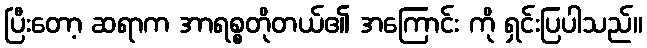
ပြီးတော့ ဆရာက အာရစ္စတိုတယ်၏ အကြောင်း ကို ရှင်းပြပါသည်။